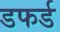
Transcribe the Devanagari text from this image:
डफर्ड